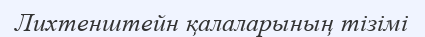
Лихтенштейн қалаларының тізімі